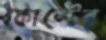
কোস্টের